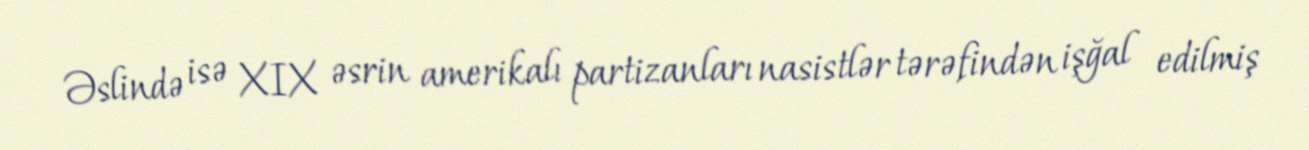
Əslində isə XIX əsrin amerikalı partizanları nasistlər tərəfindən işğal edilmiş